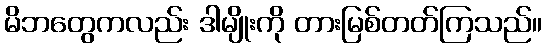
မိဘတွေကလည်း ဒါမျိုးကို တားမြစ်တတ်ကြသည်။